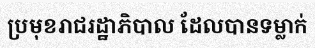
ប្រមុខរាជរដ្ឋាភិបាល ដែលបានទម្លាក់